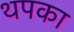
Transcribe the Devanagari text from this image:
थपका